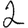
Digit: 2